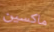
ماكسين